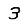
Digit: 3